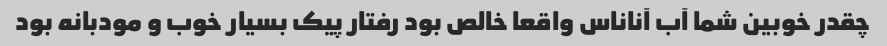
چقدر خوبین شما آب آناناس واقعا خالص بود رفتار پیک بسیار خوب و مودبانه بود